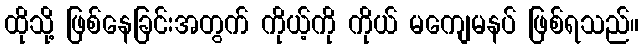
ထိုသို့ ဖြစ်နေခြင်းအတွက် ကိုယ့်ကို ကိုယ် မကျေမနပ် ဖြစ်ရသည်။